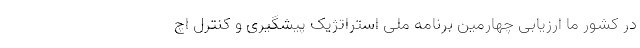
در کشور ما ارزیابی چهارمین برنامه ملی استراتژیک پیشگیری و کنترل اچ